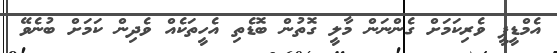
އެމްޑީޕީ ވެރިކަމަށް ގެންނަން މާލީ ގޮތުން ބޮޑެތި އެހީތަކެއް ވެދިން ކަމަށް ބުނެވޭ